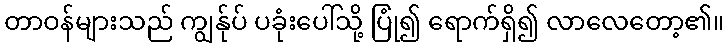
တာဝန်များသည် ကျွန်ုပ် ပခုံးပေါ်သို့ ပြုံ၍ ရောက်ရှိ၍ လာလေတော့၏။